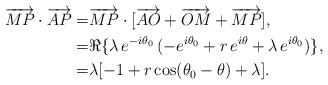
LaTeX: \begin{align*}\overrightarrow{MP} \cdot \overrightarrow{AP} = & \overrightarrow{MP} \cdot [\overrightarrow{AO}+\overrightarrow{OM}+\overrightarrow{MP}], \\ = & \Re \{\lambda\,e^{-i\theta_0}\, (-e^{i\theta_0}+r\,e^{i\theta}+\lambda\,e^{i\theta_0})\}, \\ = & \lambda [-1+r\cos(\theta_0-\theta)+\lambda].\end{align*}